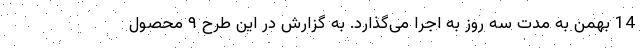
14 بهمن به مدت سه روز به اجرا می‌گذارد. به گزارش در این طرح ۹ محصول